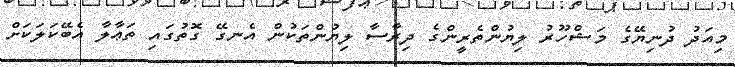
މިއަދު ދުނިޔޭގެ މަޝްހޫރު ލިޔުންތެރީންގެ ދިރާސާ ލިޔުންތަކުން އެނގޭ ގޮތުގައި ތަޢާލާ އެބޭކަލަކަށް